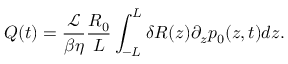
Q ( t ) = \frac { \mathcal { L } } { \beta \eta } \frac { R _ { 0 } } { L } \int _ { - L } ^ { L } \delta R ( z ) \partial _ { z } p _ { 0 } ( z , t ) d z .